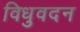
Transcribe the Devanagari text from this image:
विधुवदन